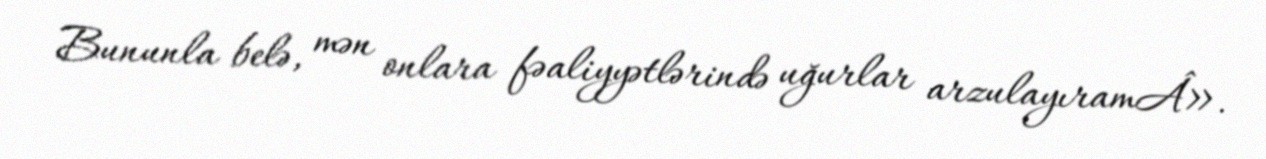
Bununla belə, mən onlara fəaliyyətlərində uğurlar arzulayıramÂ».